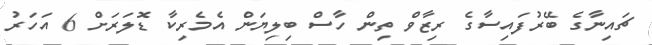
ޗައިނާގެ ބޭރުފައިސާގެ ރިޒާވް ތިން ހާސް ބިލިޔަން އެމެރިކާ ޑޮލަރަށް 6 އަހަރު